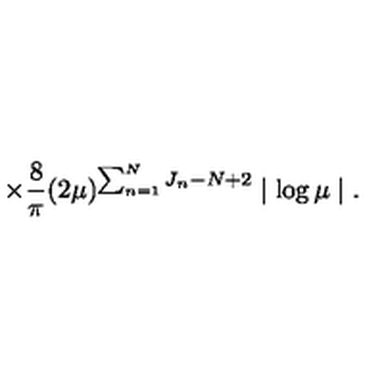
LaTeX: \times \frac { 8 } { \pi } ( 2 \mu ) ^ { \sum _ { n = 1 } ^ { N } J _ { n } - N + 2 } \mid \log \mu \mid .